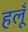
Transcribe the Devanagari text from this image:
हलूँ